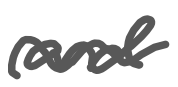
Text: and
Cross-out: wave
Writing tool: digital_gray